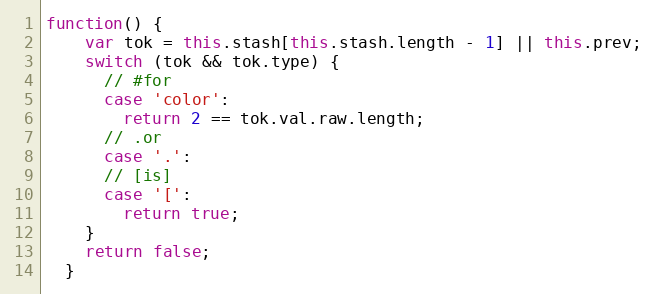
Language: JavaScript
function() {
    var tok = this.stash[this.stash.length - 1] || this.prev;
    switch (tok && tok.type) {
      // #for
      case 'color':
        return 2 == tok.val.raw.length;
      // .or
      case '.':
      // [is]
      case '[':
        return true;
    }
    return false;
  }